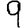
Digit: 9